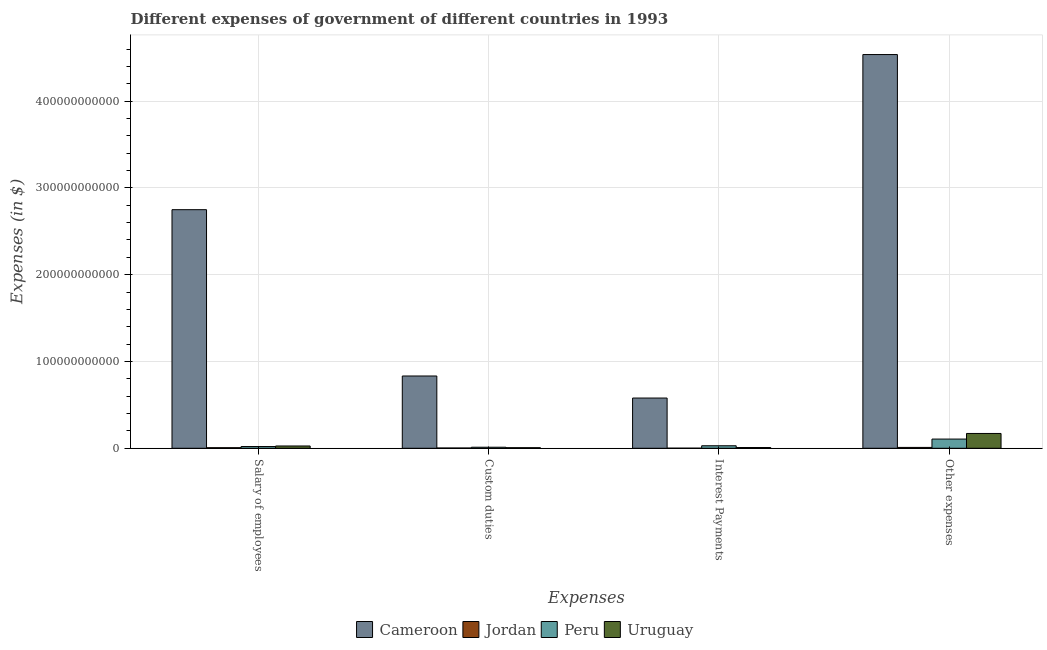
| Expenses | Cameroon | Jordan | Peru | Uruguay |
 | --- | --- | --- | --- | --- |
 | Salary of employees | 2.75e+11 | 6.68e+08 | 2e+09 | 2.65e+09 |
 | Custom duties | 8.33e+10 | 3.38e+08 | 1.21e+09 | 6.73e+08 |
 | Interest Payments | 5.79e+10 | 1.22e+08 | 2.9e+09 | 8.66e+08 |
 | Other expenses | 4.54e+11 | 1.01e+09 | 1.06e+10 | 1.71e+10 |